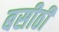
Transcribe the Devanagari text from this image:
बसीठी